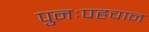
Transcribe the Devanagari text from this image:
पुनःपहचान